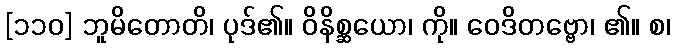
[၁၁၀] ဘူမိတောတိ၊ ပုဒ်၏။ ဝိနိစ္ဆယော၊ ကို။ ဝေဒိတဗ္ဗော၊ ၏။ စ၊